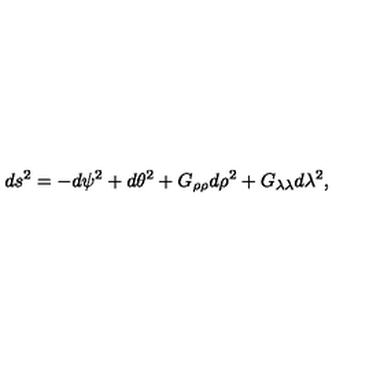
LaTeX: d s ^ { 2 } = - d \psi ^ { 2 } + d \theta ^ { 2 } + G _ { \rho \rho } d \rho ^ { 2 } + G _ { \lambda \lambda } d \lambda ^ { 2 } , \nonumber